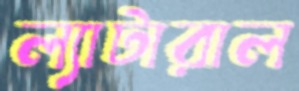
ল্যাটারাল